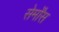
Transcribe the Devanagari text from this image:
सेर्मोंस